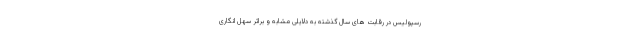
رسپولیس در رقابت های سال گذشته به دلایلی مشابه و براثر سهل انگاری